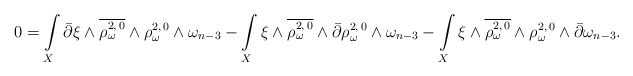
\begin{align*}0= \int\limits_X \bar\partial\xi \wedge \overline{\rho_\omega^{2,\,0}} \wedge \rho_\omega^{2,\,0} \wedge \omega_{n-3}-\int\limits_X \xi \wedge \overline{\rho_\omega^{2,\,0}} \wedge \bar\partial\rho_\omega^{2,\,0} \wedge \omega_{n-3}-\int\limits_X \xi \wedge \overline{\rho_\omega^{2,\,0}} \wedge \rho_\omega^{2,\,0} \wedge \bar\partial\omega_{n-3}.\end{align*}